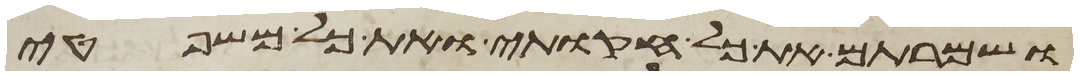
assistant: ושמרתם את כל חקותי ואת כל משפטי